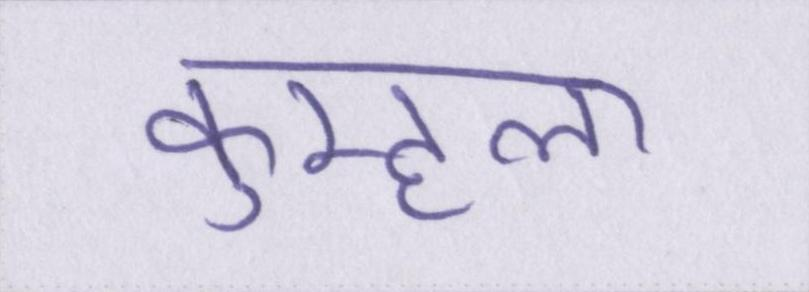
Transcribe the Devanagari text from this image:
कुम्हला